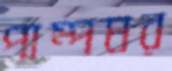
পাম্পঘর